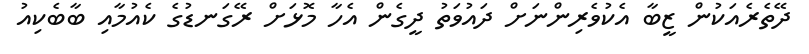
ދޭތެރެއަކުން ޒީބާ އެކުވެރިންނަށް ދައުވަތު ދީގެން އެހާ މޮޅަށް ރޭގަނޑުގެ ކެއުމާއި ބާބެކިއު